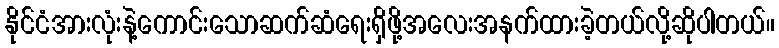
နိုင်ငံအားလုံးနဲ့ကောင်းသောဆက်ဆံရေးရှိဖို့အလေးအနက်ထားခဲ့တယ်လို့ဆိုပါတယ်။